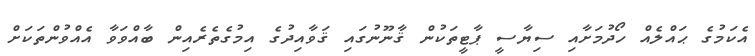
އެކަމުގެ ޙައްލެއް ހޯދުމަށާއި ސިޔާސީ ޕާޓީތަކުން ޤާނޫނުގައި ޤަވާއިދުގެ އިމުގެތެރެއިން ބާއްވަވާ އެއްވުންތަކަށް